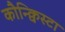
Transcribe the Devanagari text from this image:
कौन्क्विस्टा